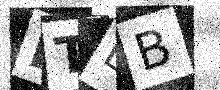
Text: RTBB